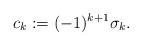
\begin{gather*} c_k:= (-1)^{k+1} \sigma_k .\end{gather*}